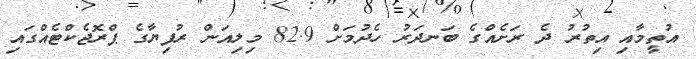
އުތީމާއި އިތުރު ދެ ރަށެއްގެ ބަނދަރު ހެދުމަށް 82.9 މިލިއަން ރުފިޔާގެ ޕްރޮޖެކްޓެއްގައި